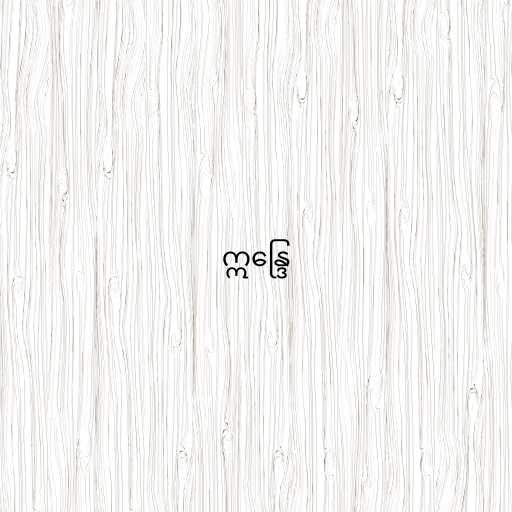
ဣန္ဒြေ